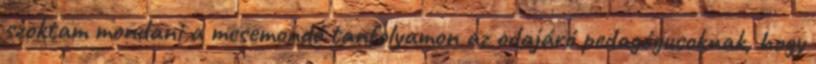
szoktam mondani a mesemondó tanfolyamon az odajáró pedagógusoknak, hogy